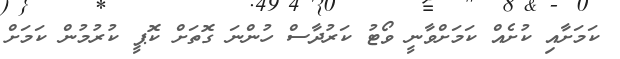
ކަމަށާއި ކުށެއް ކަމަށްވާނީ ވޯޓު ކަރުދާސް ހުންނަ ގޮތަށް ކޮޕީ ކުރުމުން ކަމަށް